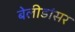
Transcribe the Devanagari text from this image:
बेलीडांसर